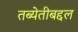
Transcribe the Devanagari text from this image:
तब्येतीबद्दल